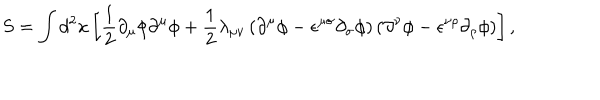
S = \int d ^ { 2 } x \left[ { \frac 1 2 } { \partial } _ { \mu } { \phi } { \partial } ^ { \mu } { \phi } + { \frac 1 2 } { \lambda } _ { { \mu } { \nu } } \left( { \partial } ^ { \mu } { \phi } - { \epsilon } ^ { { \mu } { \sigma } } { \partial } _ { \sigma } { \phi } \right) \left( { \partial } ^ { \nu } { \phi } - { \epsilon } ^ { { \nu } { \rho } } { \partial } _ { \rho } { \phi } \right) \right] ,